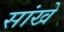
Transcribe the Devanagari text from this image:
सांखे